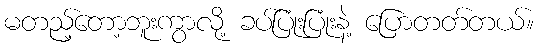
မတည့်တော့ဘူးကွာလို့ ခပ်ပြုံးပြုံးနဲ့ ပြောတတ်တယ်။